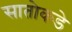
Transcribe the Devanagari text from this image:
सातोकडे